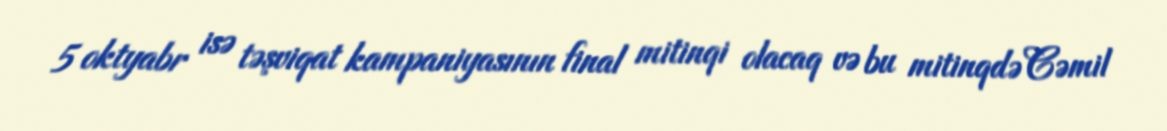
5 oktyabr isə təşviqat kampaniyasının final mitinqi olacaq və bu mitinqdə Cəmil